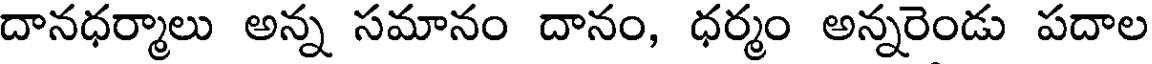
దానధర్మాలు అన్న సమానం దానం, ధర్మం అన్నరెండు పదాల